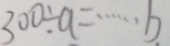
3 0 0 0 \div a = \cdots b